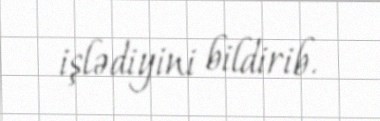
işlədiyini bildirib.